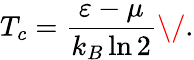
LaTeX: T_{c}=\frac{\varepsilon-\mu}{k_{B}\ln{2}}\/ .